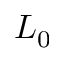
L _ { 0 }